Annual report on the lock hospitals of the Madras Presidency
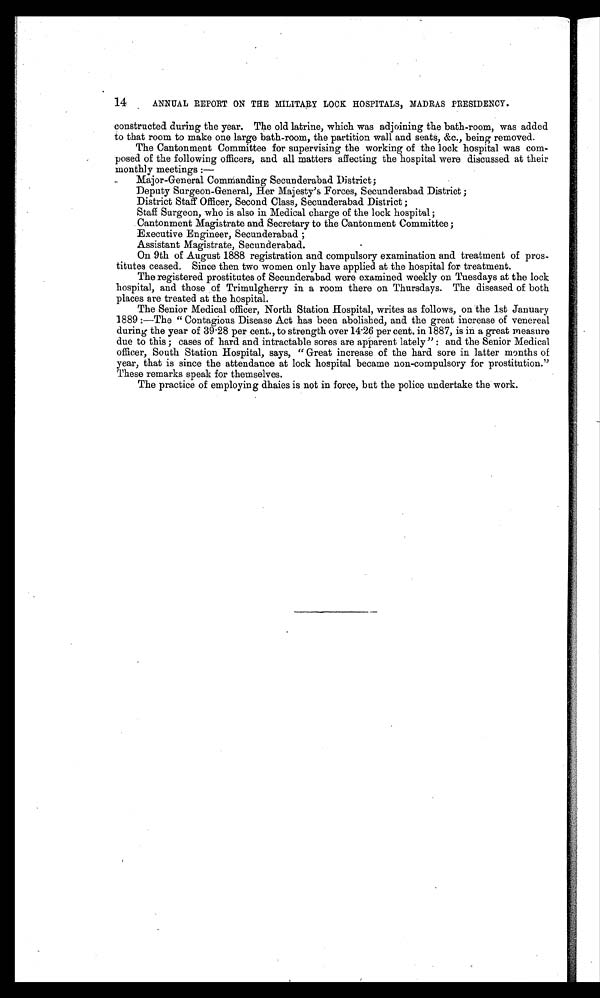
14
ANNUAL REPORT ON THE MILITARY LOCK HOSPITALS, MADRAS PRESIDENCY.
constructed during the year. The old latrine, which was adjoining the bath-room, was added
to that room to make one large bath-room, the partition wall and seats, amp;c., being removed.
The Cantonment Committee for supervising the working of the lock hospital was com-
posed of the following officers, and all matters affecting the hospital were discussed at their
monthly meetings:—
Mayor-General Commanding Secunderabad District;
Deputy Surgeon-General, Her Majesty's Forces, Secunderabad District;
District Staff Officer, Second Class, Secunderabad District;
Staff Surgeon, who is also in Medical charge of the lock hospital;
Cantonment Magistrate and Secretary to the Cantonment Committee;
Executive Engineer, Secunderabad;
•
Assistant Magistrate, Secunderabad.
On 9th of August 1888 registration and compulsory examination and treatment of pros-
titutes ceased. Since then two women only have applied at the hospital for treatment.
The registered prostitutes of Secunderabad were examined weekly on Tuesdays at the lock
hospital, and those of Trimulgherry in a room there on Thursdays. The diseased of both
places are treated at the hospital.
The Senior Medical officer, North Station Hospital, writes as follows, on the 1st January
1889:—The "Contagious Disease Act has been abolished, and the great increase of venereal
during the year of 39 .28 per cent., to strength over 14.26 per cent, in 1887, is in a great measure
due to this; cases of hard and intractable sores are apparent lately": and the Senior Medical
officer, South Station Hospital, says, "Great increase of the hard sore in latter months of
year, that is since the attendance at lock hospital became non-compulsory for prostitution."
These remarks speak for themselves.
The practice of employing dhaies is not in force, but the police undertake the work.